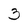
Character: 3